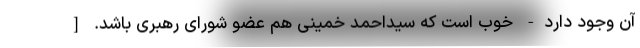
آن وجود دارد- خوب است که سیداحمد خمینی هم عضو شورای رهبری باشد. [